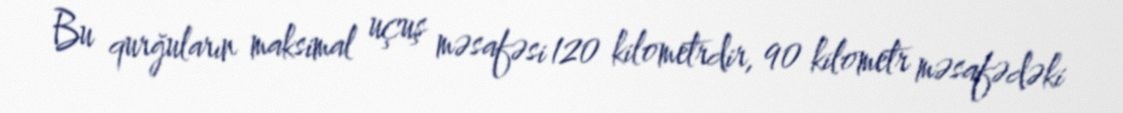
Bu qurğuların maksimal uçuş məsafəsi 120 kilometrdir, 90 kilometr məsafədəki